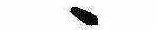
ゝ